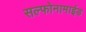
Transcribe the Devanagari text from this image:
सल्फोनामाईड